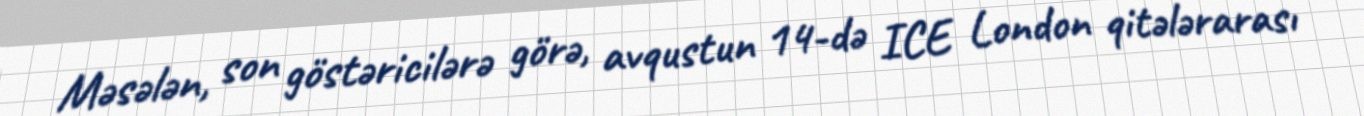
Məsələn, son göstəricilərə görə, avqustun 14-də ICE London qitələrarası